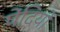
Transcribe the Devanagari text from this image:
पेंदियों